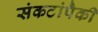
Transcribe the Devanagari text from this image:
संकटांपैकी